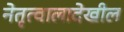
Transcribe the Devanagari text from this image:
नेतृत्वालादेखील